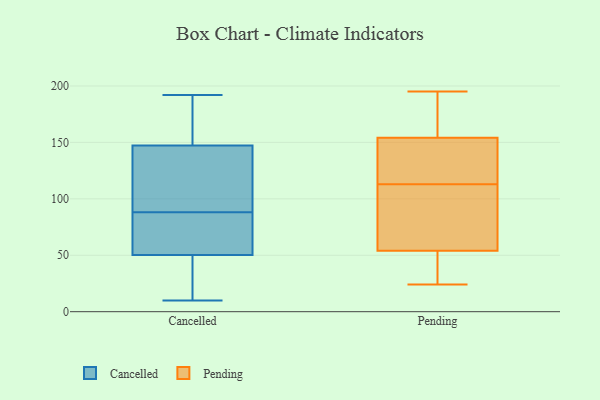
{"axis": {"x": "Humidity (%)", "y": "Value"}, "legend": ["Cancelled", "Pending"], "data": [{"x": "", "y": 140, "type": "Cancelled"}, {"x": "", "y": 76, "type": "Cancelled"}, {"x": "", "y": 185, "type": "Cancelled"}, {"x": "", "y": 92, "type": "Cancelled"}, {"x": "", "y": 22, "type": "Cancelled"}, {"x": "", "y": 188, "type": "Cancelled"}, {"x": "", "y": 104, "type": "Cancelled"}, {"x": "", "y": 52, "type": "Cancelled"}, {"x": "", "y": 45, "type": "Cancelled"}, {"x": "", "y": 88, "type": "Cancelled"}, {"x": "", "y": 54, "type": "Cancelled"}, {"x": "", "y": 192, "type": "Cancelled"}, {"x": "", "y": 130, "type": "Cancelled"}, {"x": "", "y": 41, "type": "Cancelled"}, {"x": "", "y": 169, "type": "Cancelled"}, {"x": "", "y": 10, "type": "Cancelled"}, {"x": "", "y": 61, "type": "Cancelled"}, {"x": "", "y": 170, "type": "Pending"}, {"x": "", "y": 155, "type": "Pending"}, {"x": "", "y": 151, "type": "Pending"}, {"x": "", "y": 195, "type": "Pending"}, {"x": "", "y": 168, "type": "Pending"}, {"x": "", "y": 73, "type": "Pending"}, {"x": "", "y": 51, "type": "Pending"}, {"x": "", "y": 40, "type": "Pending"}, {"x": "", "y": 154, "type": "Pending"}, {"x": "", "y": 111, "type": "Pending"}, {"x": "", "y": 24, "type": "Pending"}, {"x": "", "y": 94, "type": "Pending"}, {"x": "", "y": 89, "type": "Pending"}, {"x": "", "y": 33, "type": "Pending"}, {"x": "", "y": 54, "type": "Pending"}, {"x": "", "y": 115, "type": "Pending"}, {"x": "", "y": 152, "type": "Pending"}, {"x": "", "y": 121, "type": "Pending"}]}